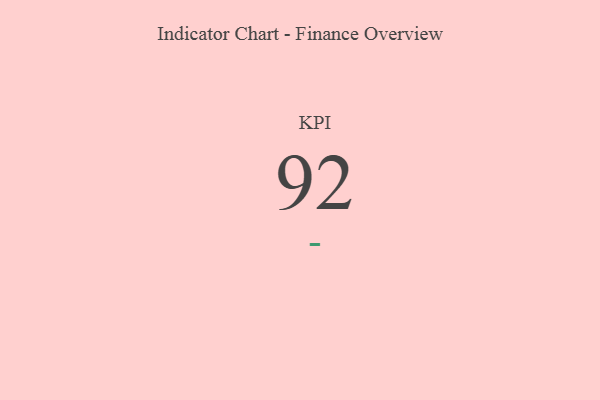
{"axis": {"x": "KPI", "y": "Value"}, "legend": [""], "data": [{"x": "KPI", "y": 92, "type": ""}]}